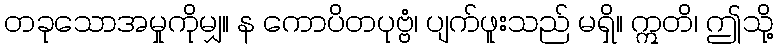
တခုသောအမှုကိုမျှ။ န ကောပိတပုဗ္ဗံ၊ ပျက်ဖူးသည် မရှိ။ ဣတိ၊ ဤသို့